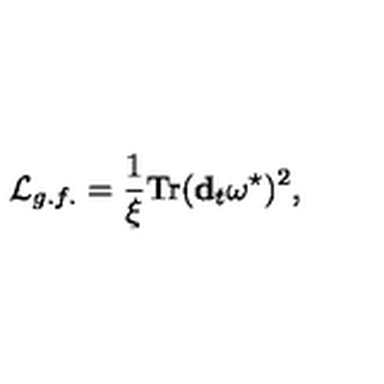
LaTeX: { \cal L } _ { g . f . } = \frac { 1 } { \xi } \mathrm { T r } ( { \bf d } _ { t } \omega ^ { \star } ) ^ { 2 } ,